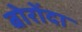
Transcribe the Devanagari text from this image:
बोरोंदा